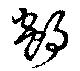
郯